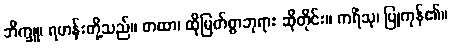
ဘိက္ခူ၊ ရဟန်းတို့သည်။ တထာ၊ ထိုမြတ်စွာဘုရား ဆိုတိုင်း။ ကရိံသု၊ ပြုကုန်၏။